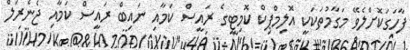
ފާހަގަކޮށްލެވޭ މަގާމުތަކަކީ އޮލިމްޕިކް ކޮމިޓީގެ ރައީސް ކަމާއި ނައިބް ރައީސް ކަމާއި ޖެނެރަލް